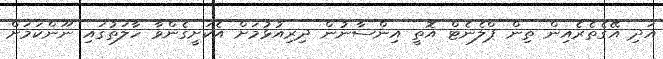
އަދި އޭގެތެރެއިން ތިން ޕްލެނެޓް އޮތީ އިންސާނުން ދިރިއުޅުމަށް އެކަށީގެންވާ ހާލަތުގައި ނޫންކަމަށް